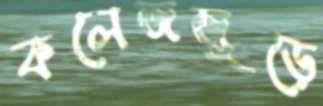
কলেজজুড়ে